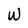
Character: W